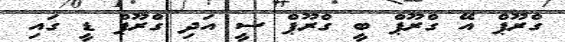
ގްރޫޕް އޭ ގްރޫޕް ބީ ގްރޫޕް ސީ އަދި ގްރޫޕް ޑީ ގައި